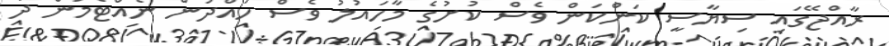
ރާއްޖޭގައި ސިޔާސީ ކަންކަން ވެސް ކުށުގެ މާހައުލު ވެސް ހައްދުން ނެއްޓެމުން ދާ